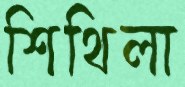
শিথিলা